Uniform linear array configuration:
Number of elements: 24
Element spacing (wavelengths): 0.25
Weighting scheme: hann
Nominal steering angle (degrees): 45
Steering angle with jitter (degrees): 46.68
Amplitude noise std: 0.05
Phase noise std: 0.05

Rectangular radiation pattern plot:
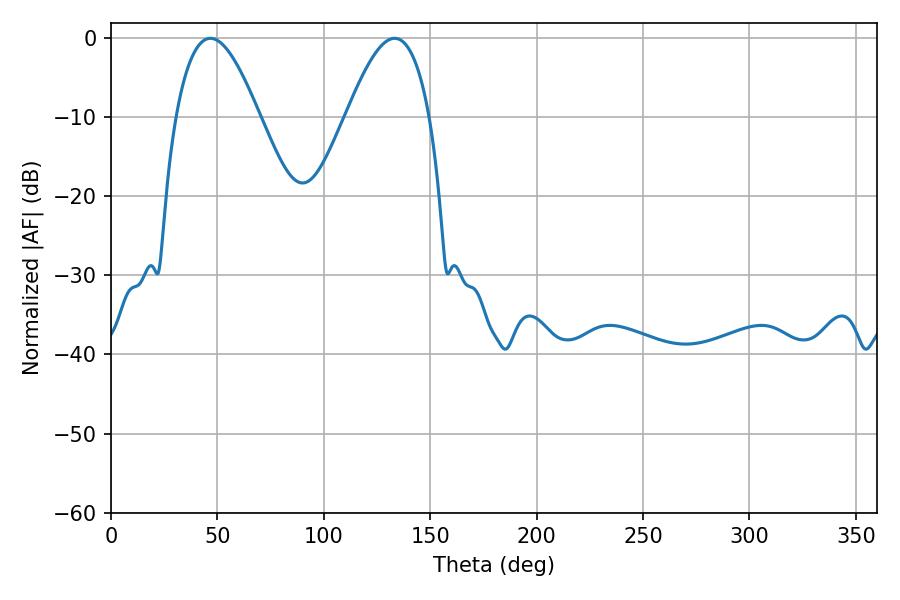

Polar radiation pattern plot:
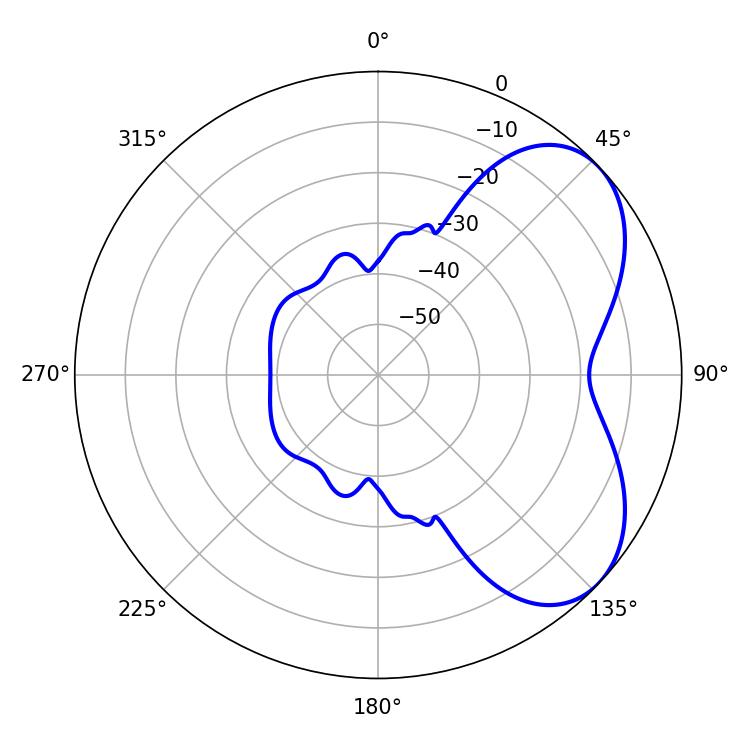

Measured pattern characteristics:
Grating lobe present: FALSE
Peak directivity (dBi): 5.186
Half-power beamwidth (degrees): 21.42
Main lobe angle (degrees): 46.8